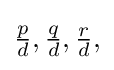
{\textstyle {\frac {p}{d}},{\frac {q}{d}},{\frac {r}{d}},}